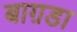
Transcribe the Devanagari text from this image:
बाग़डा